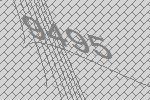
9495